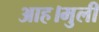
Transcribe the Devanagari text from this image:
आह।मुली